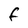
Character: F